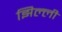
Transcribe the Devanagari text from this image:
झिल्‍ली